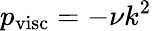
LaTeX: p_{\mathrm{visc}}=-\nu k^{2}